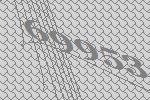
69953